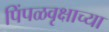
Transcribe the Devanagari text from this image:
पिंपळवृक्षाच्या